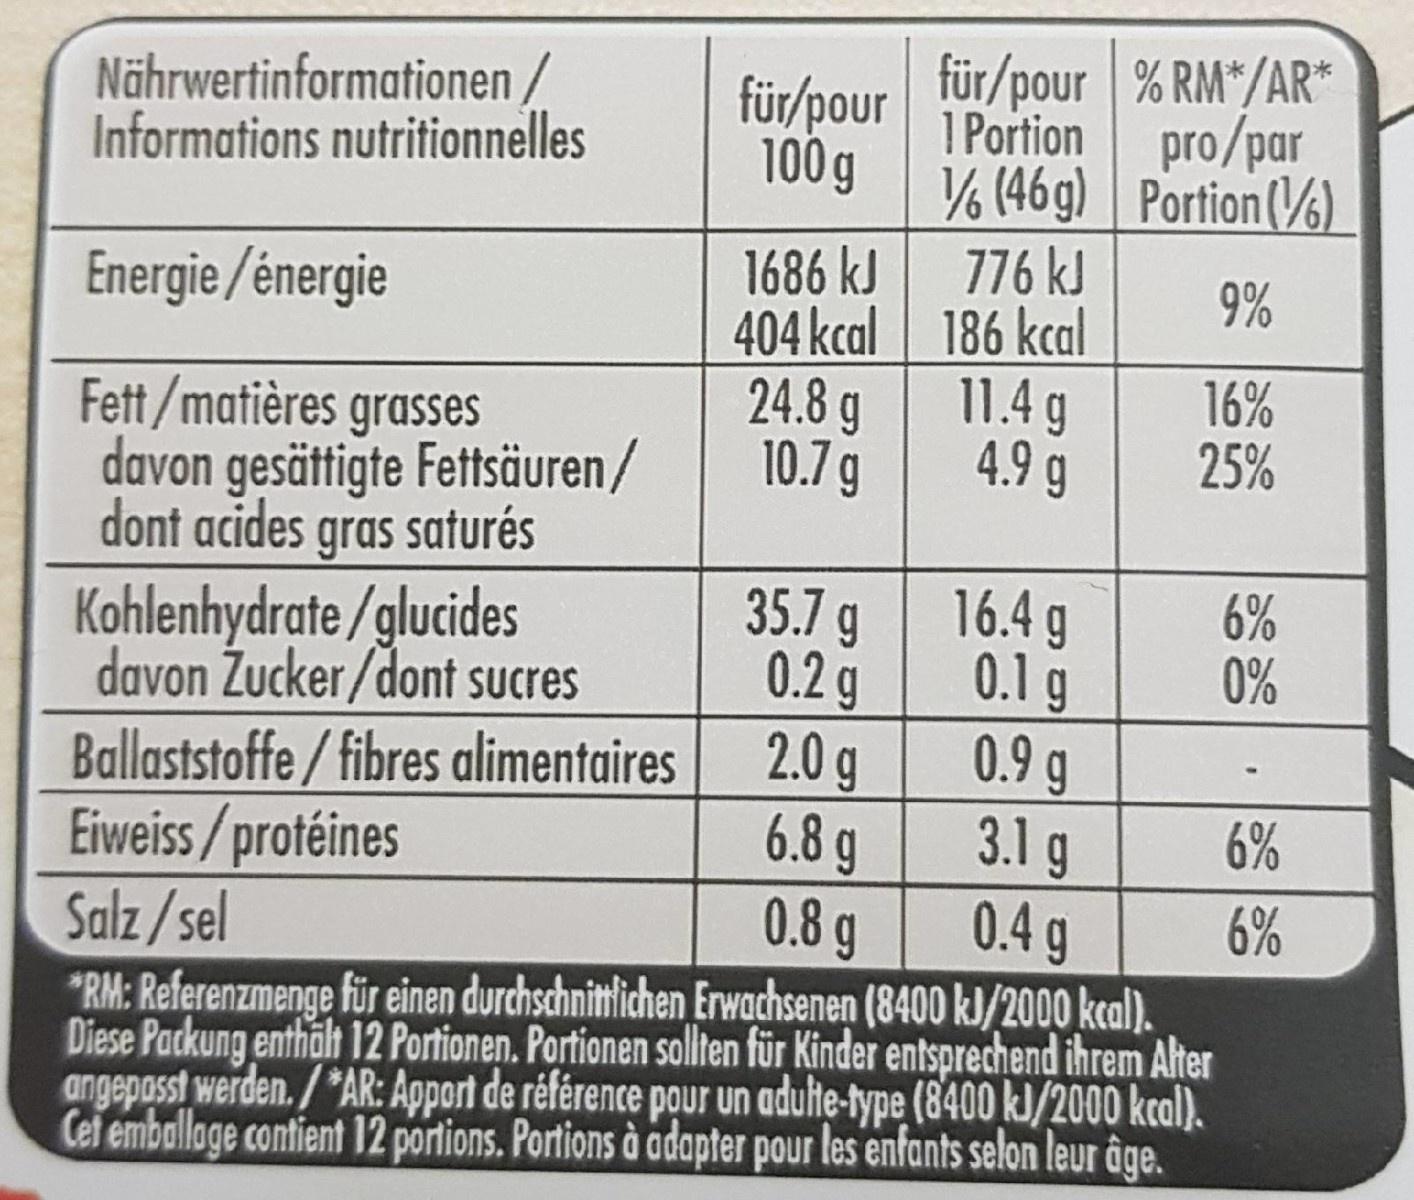
für/pour für/pour % RM*/AR* 1Portion pro/par 100 g Nährwertinformationen/ Informations nutritionnelles 6 (46g) Portion (V) 776 kJ 1686 kJ 404 kcal 186 kcal 24.8 g 10.7g Energie/énergie 9% 11.4 g 4.9 g 16% 25% Fett/matières grasses davon gesättigte Fettsäuren/ dont acides gras saturés 6% 0% 35.7 g 0.2g 2.0 g 6.8 g 0.8 g 16.4 g 0.1 g 0.9 g 3.1 g 0.4g Kohlenhydrate/glucides davon Zucker/dont sucres Ballaststoffe/fibres alimentaires Eiweiss/protéines Salz/sel 6% 6% RM: Referenzmenge für einen durchschnitlichen Erwachsenen (8400 kl/2000 keal). Diese Packung enthalt 12 Portionen. Portionen solten für Kinder entsprechend ihrem Alter angepasst werden./AR: Apport de référence pour un adulte-type (8400 kJ/2000 kcal). Cet emballage contient 12 portions. Portions à adapter pour les enfants selon leur âge.